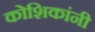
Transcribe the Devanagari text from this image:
कोशिकांनी